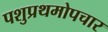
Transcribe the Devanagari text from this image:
पशुप्रथमोपचार